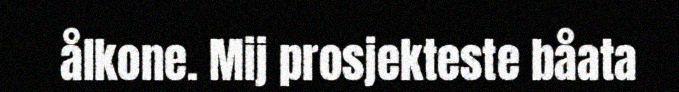
ålkone. Mij prosjekteste båata